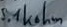
Text: 5.1kohm